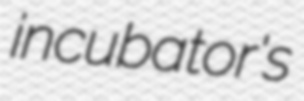
incubator's